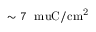
\sim 7 ~ \mathrm { \ m u C / c m ^ { 2 } }